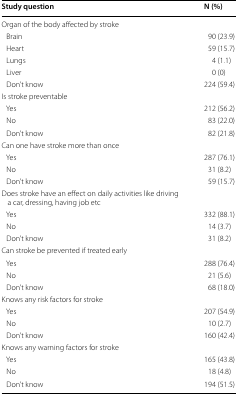
<table><thead><tr><td><b>Study question</b></td><td><b>N (%)</b></td></tr></thead><tbody><tr><td colspan="2">Organ of the body affected by stroke</td></tr><tr><td> Brain</td><td>90 (23.9)</td></tr><tr><td> Heart</td><td>59 (15.7)</td></tr><tr><td> Lungs</td><td>4 (1.1)</td></tr><tr><td> Liver</td><td>0 (0)</td></tr><tr><td> Don’t know</td><td>224 (59.4)</td></tr><tr><td colspan="2">Is stroke preventable</td></tr><tr><td> Yes</td><td>212 (56.2)</td></tr><tr><td> No</td><td>83 (22.0)</td></tr><tr><td> Don’t know</td><td>82 (21.8)</td></tr><tr><td colspan="2">Can one have stroke more than once</td></tr><tr><td> Yes</td><td>287 (76.1)</td></tr><tr><td> No</td><td>31 (8.2)</td></tr><tr><td> Don’t know</td><td>59 (15.7)</td></tr><tr><td colspan="2">Does stroke have an effect on daily activities like driving a car, dressing, having job etc</td></tr><tr><td> Yes</td><td>332 (88.1)</td></tr><tr><td> No</td><td>14 (3.7)</td></tr><tr><td> Don’t know</td><td>31 (8.2)</td></tr><tr><td colspan="2">Can stroke be prevented if treated early</td></tr><tr><td> Yes</td><td>288 (76.4)</td></tr><tr><td> No</td><td>21 (5.6)</td></tr><tr><td> Don’t know</td><td>68 (18.0)</td></tr><tr><td colspan="2">Knows any risk factors for stroke</td></tr><tr><td> Yes</td><td>207 (54.9)</td></tr><tr><td> No</td><td>10 (2.7)</td></tr><tr><td> Don’t know</td><td>160 (42.4)</td></tr><tr><td colspan="2">Knows any warning factors for stroke</td></tr><tr><td> Yes</td><td>165 (43.8)</td></tr><tr><td> No</td><td>18 (4.8)</td></tr><tr><td> Don’t know</td><td>194 (51.5)</td></tr></tbody></table>